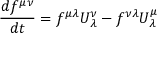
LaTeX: { \frac { d f ^ { \mu \nu } } { d t } } = f ^ { \mu \lambda } U _ { \lambda } ^ { \nu } - f ^ { \nu \lambda } U _ { \lambda } ^ { \mu }